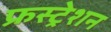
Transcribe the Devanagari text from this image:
फ्रस्ट्रेशन